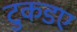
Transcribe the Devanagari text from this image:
टुकडए